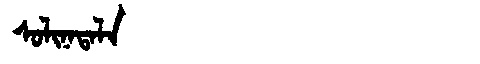
Manchu: ᠰᠣᠯᡳᠨᠠᡨᠠᠯᠠ
Romanization: SOLINATALA